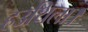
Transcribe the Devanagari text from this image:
हउथिला।